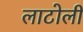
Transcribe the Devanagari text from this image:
लाटोली